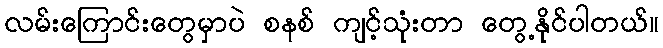
လမ်းကြောင်းတွေမှာပဲ စနစ် ကျင့်သုံးတာ တွေ့နိုင်ပါတယ်။